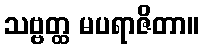
သဗ္ဗတ္ထ မပရာဇိတာ။